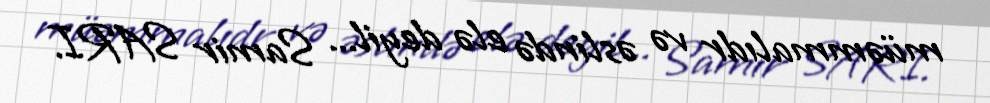
müəmmalıdr və əslində elə deyil... Samir SARI.